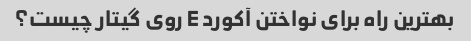
بهترین راه برای نواختن آکورد E روی گیتار چیست؟